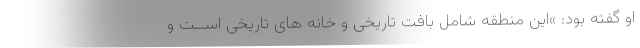
او گفته بود: »این منطقه شامل بافت تاریخی و خانه های تاریخی اســت و